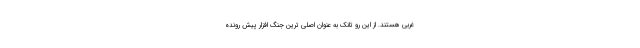
غربی هستند. از این رو تانک به عنوان اصلی ترین جنگ افزار پیش رونده